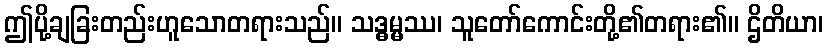
ဤပို့ချခြးတည်းဟူသောတရားသည်။ သဒ္ဓမ္မဿ၊ သူတော်ကောင်းတို့၏တရား၏။ ဌိတိယာ၊